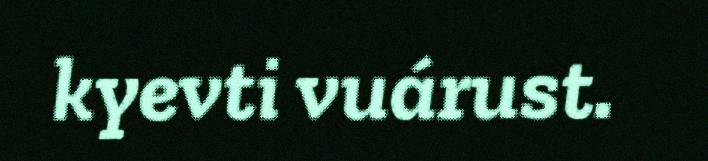
kyevti vuárust.